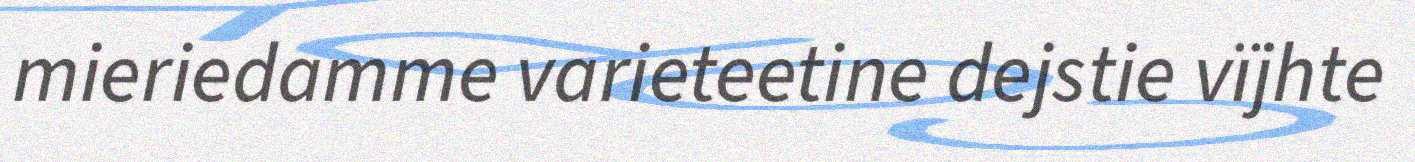
mieriedamme varieteetine dejstie vïjhte